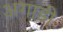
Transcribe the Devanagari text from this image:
अगाडी